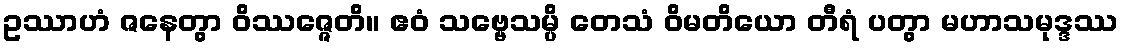
ဥဿာဟံ ဇနေတွာ ဝိဿဇ္ဇေတိ။ ဧဝံ သဗ္ဗေသမ္ပိ တေသံ ဝိမတိယော တီရံ ပတွာ မဟာသမုဒ္ဒဿ